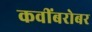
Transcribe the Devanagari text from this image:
कवींबरोबर